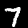
Label: 7